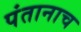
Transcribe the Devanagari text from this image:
पंतानाच